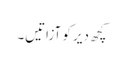
کچھ دیر کو آزاتیں۔